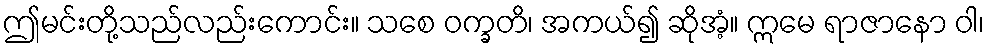
ဤမင်းတို့သည်လည်းကောင်း။ သစေ ဝက္ခတိ၊ အကယ်၍ ဆိုအံ့။ ဣမေ ရာဇာနော ဝါ၊